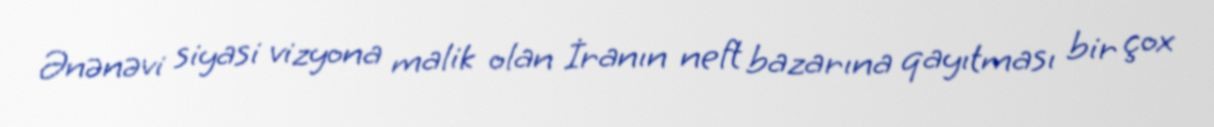
Ənənəvi siyasi vizyona malik olan İranın neft bazarına qayıtması bir çox